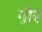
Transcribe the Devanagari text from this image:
गौ़र